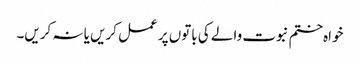
خواہ ختم نبوت والے کی باتوں پر عمل کریں یا نہ کریں۔